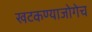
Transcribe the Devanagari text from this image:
खटकण्याजोगेच